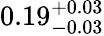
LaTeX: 0.19_{-0.03}^{+0.03}